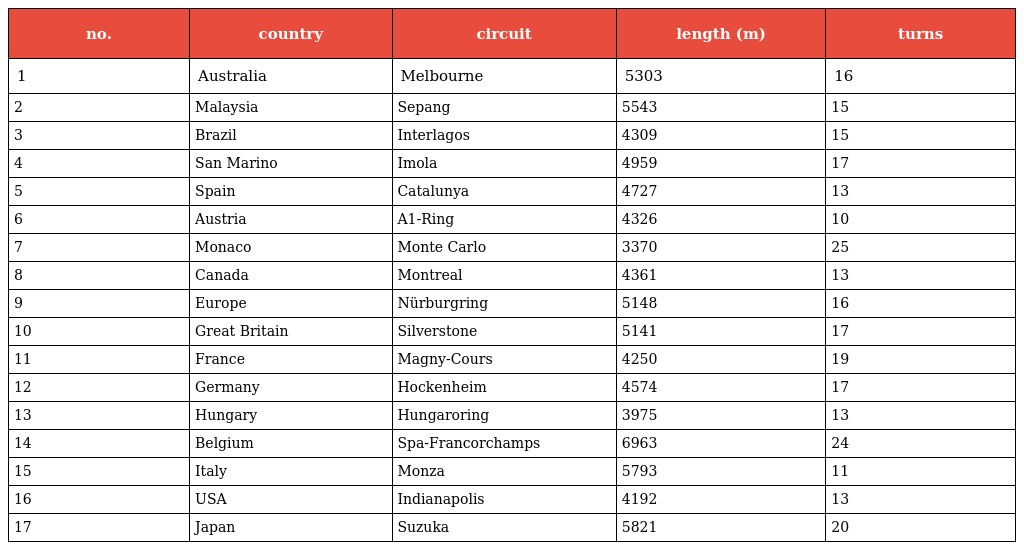
| no. | country | circuit | length (m) | turns |
 | --- | --- | --- | --- | --- |
 | 1 | Australia | Melbourne | 5303 | 16 |
 | 2 | Malaysia | Sepang | 5543 | 15 |
 | 3 | Brazil | Interlagos | 4309 | 15 |
 | 4 | San Marino | Imola | 4959 | 17 |
 | 5 | Spain | Catalunya | 4727 | 13 |
 | 6 | Austria | A1-Ring | 4326 | 10 |
 | 7 | Monaco | Monte Carlo | 3370 | 25 |
 | 8 | Canada | Montreal | 4361 | 13 |
 | 9 | Europe | Nürburgring | 5148 | 16 |
 | 10 | Great Britain | Silverstone | 5141 | 17 |
 | 11 | France | Magny-Cours | 4250 | 19 |
 | 12 | Germany | Hockenheim | 4574 | 17 |
 | 13 | Hungary | Hungaroring | 3975 | 13 |
 | 14 | Belgium | Spa-Francorchamps | 6963 | 24 |
 | 15 | Italy | Monza | 5793 | 11 |
 | 16 | USA | Indianapolis | 4192 | 13 |
 | 17 | Japan | Suzuka | 5821 | 20 |